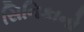
સિનિકાનો